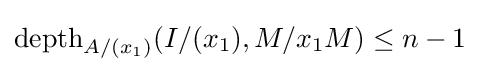
\operatorname {depth} _{A/(x_{1})}(I/(x_{1}),M/x_{1}M)\leq n-1